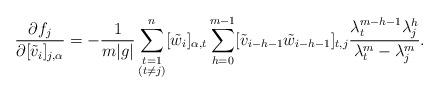
LaTeX: \begin{align*}\frac{\partial f_j}{\partial[\tilde{v}_i]_{j,\alpha}}=-\frac{1}{m|g|}\sum_{\substack{t=1\\(t\neq j)}}^n[\tilde{w}_i]_{\alpha,t}\sum_{h=0}^{m-1}[\tilde{v}_{i-h-1}\tilde{w}_{i-h-1}]_{t,j}\frac{\lambda_t^{m-h-1}\lambda_j^h}{\lambda_t^m-\lambda_j^m}.\end{align*}